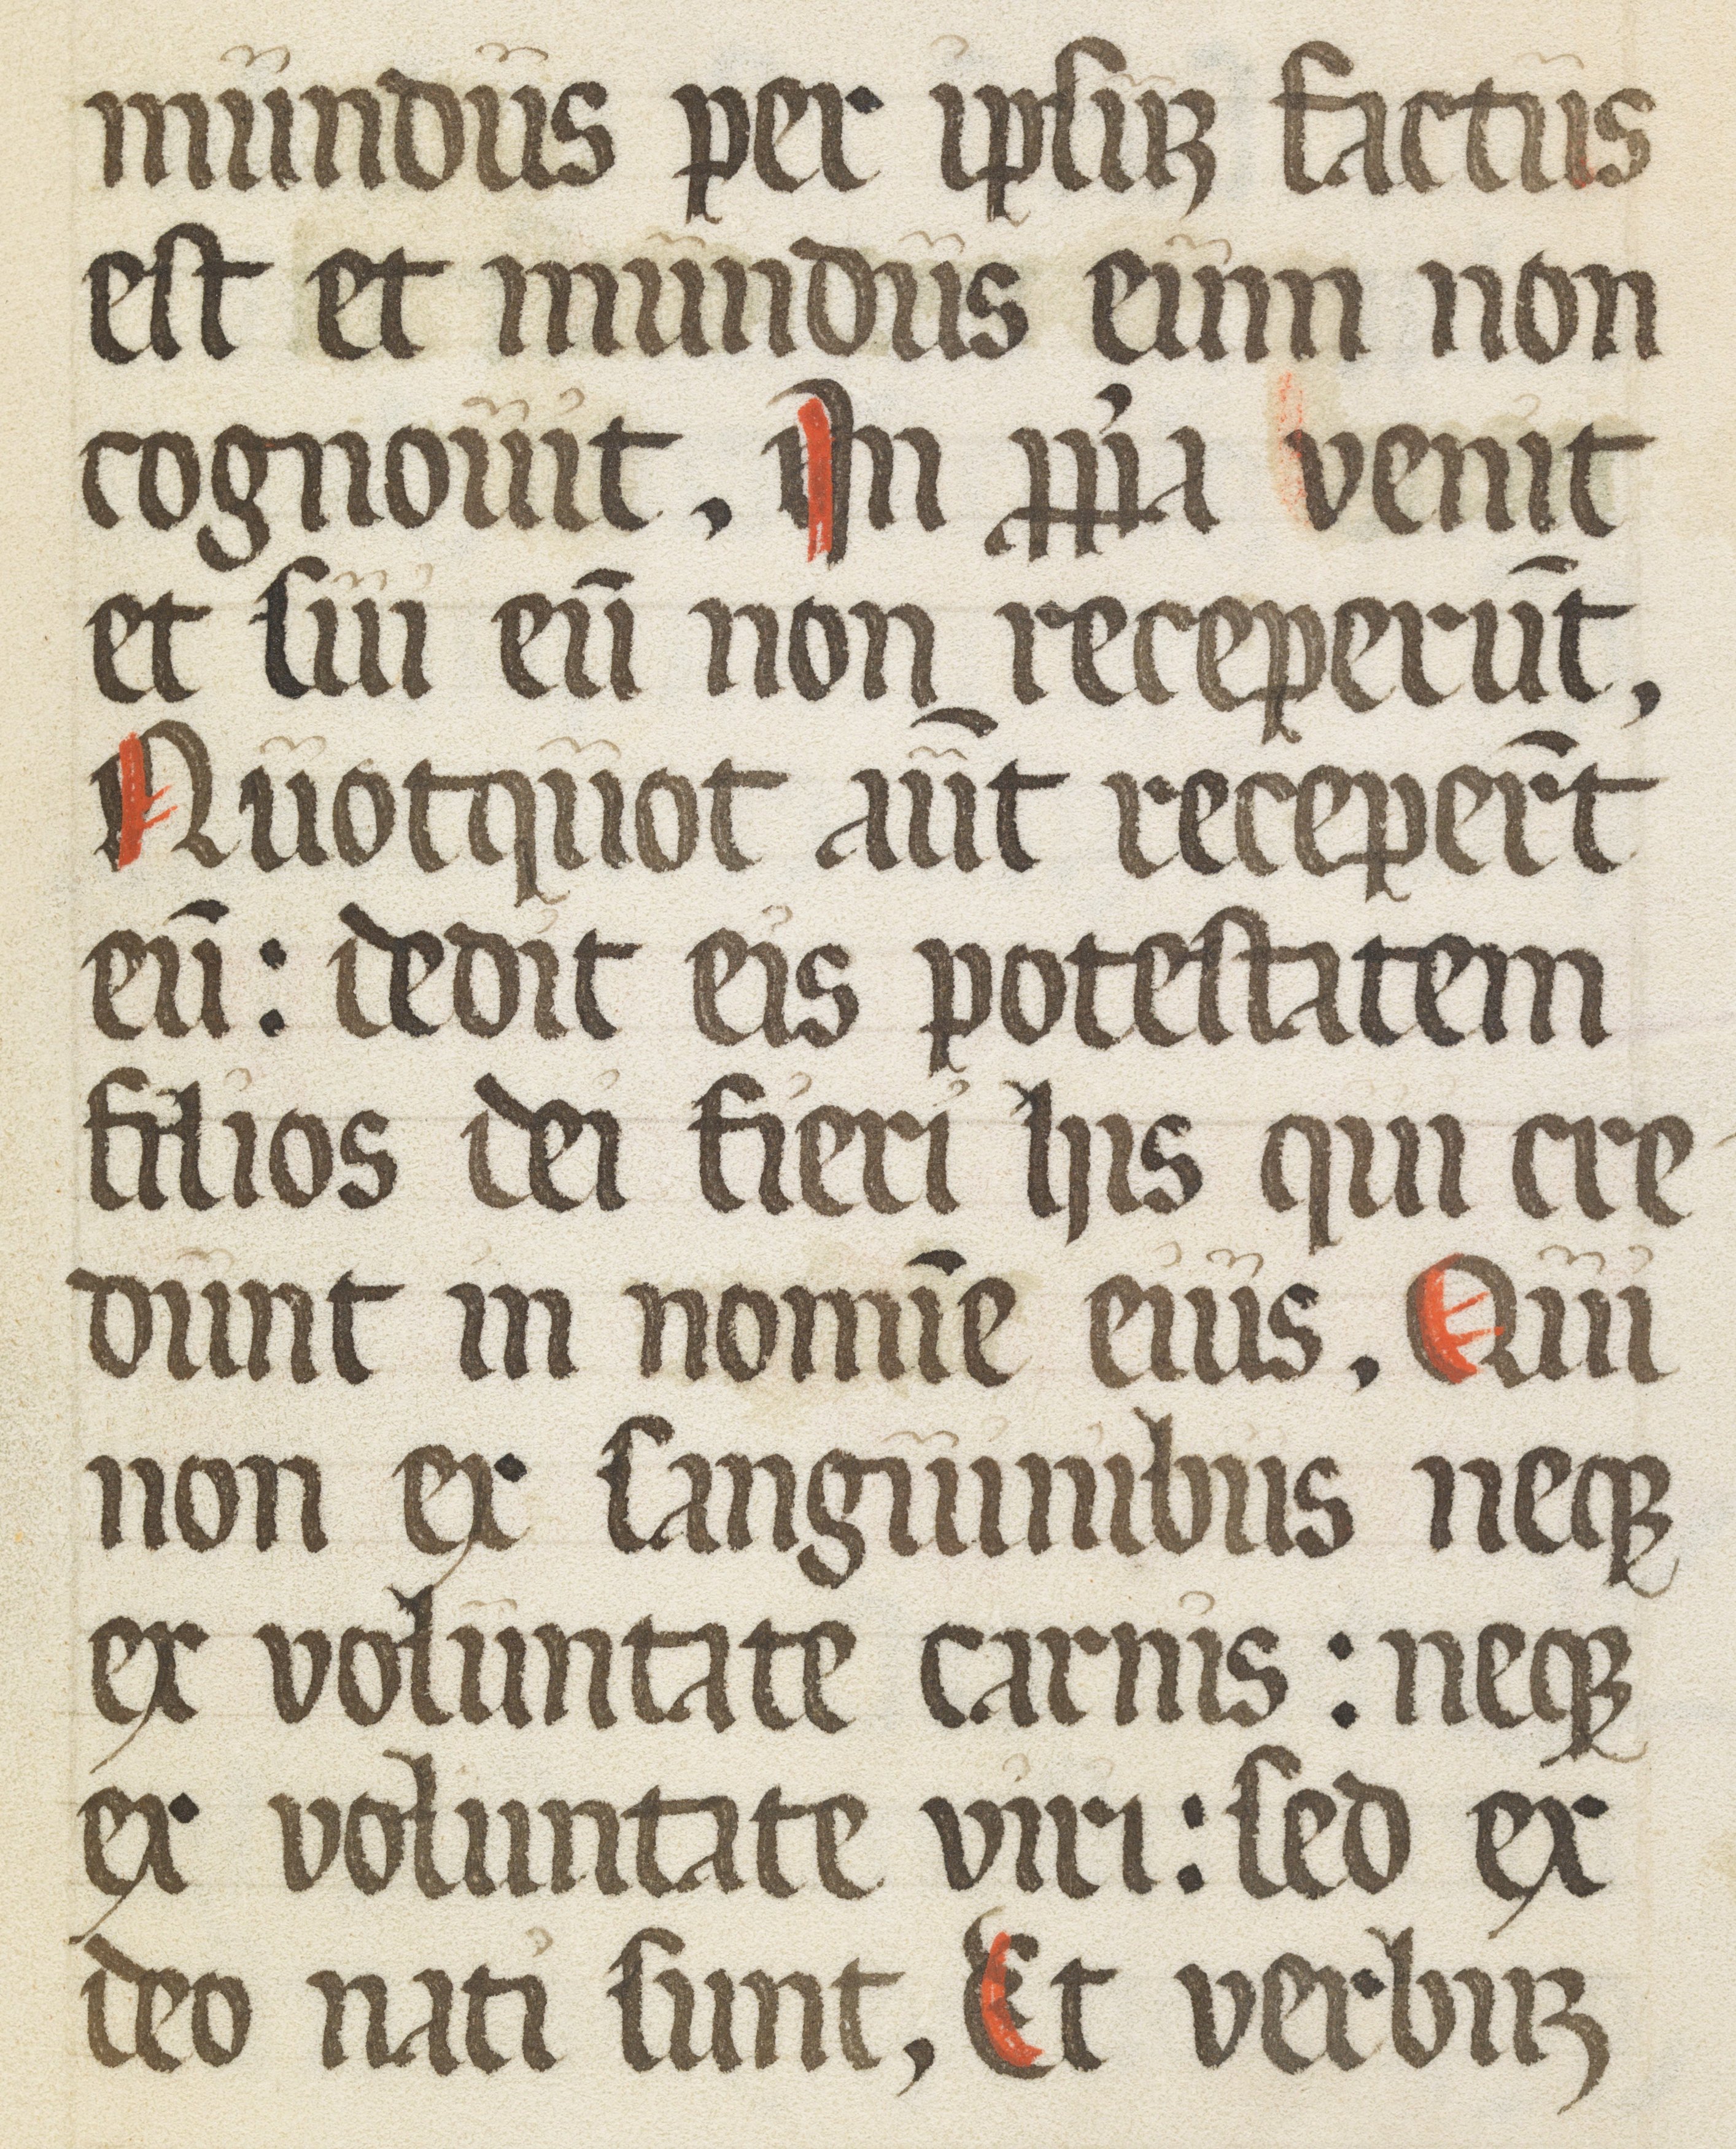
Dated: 1500–1599